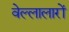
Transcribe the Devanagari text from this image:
वेल्लालारों